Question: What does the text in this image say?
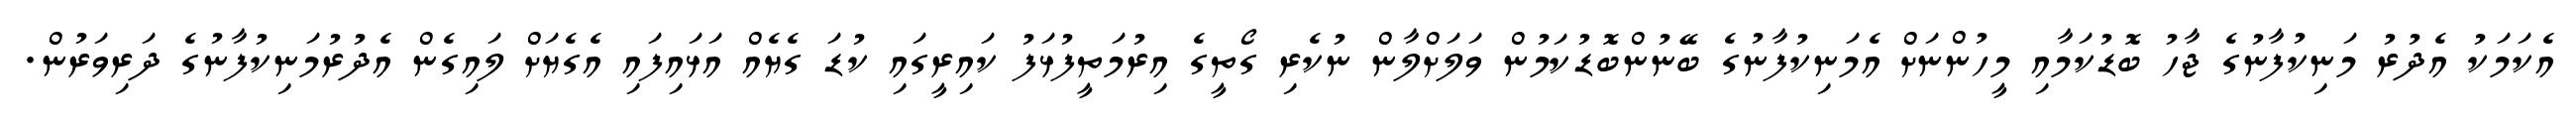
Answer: އެކަމަކު އެދުރު މަނިކުފާނުގެ ޖާހު ބޮޑުކަމާއި މީހުންނަށް އެމަނިކުފާނުގެ ބޭނުންބޮޑުކަމުން ވަލަށްލާން ނުކެރި ގޯތީގެ އިރުމަތީފުޅަފު ކައިރީގައި ކުޑަ ގެޔެއް އަޅައިފައި އެގެޔަށް ލައިގެން އެދުރުމަނިކުފާނުގެ ދަރިވަރުން.